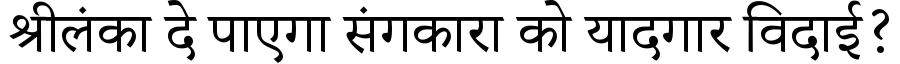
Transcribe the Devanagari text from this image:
श्रीलंका दे पाएगा संगकारा को यादगार विदाई?